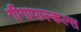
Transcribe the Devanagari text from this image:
गीगापास्कल्स